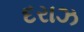
દરાઝ